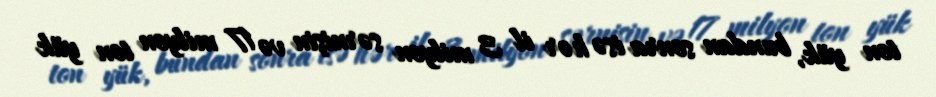
ton yük, bundan sonra isə hər il 3 milyon sərnişin və 17 milyon ton yük